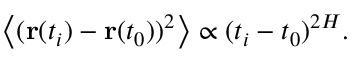
\left< ( \mathbf { r } ( t _ { i } ) - \mathbf { r } ( t _ { 0 } ) ) ^ { 2 } \right> \propto ( t _ { i } - t _ { 0 } ) ^ { 2 H } .